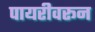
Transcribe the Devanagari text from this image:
पायरीवरून